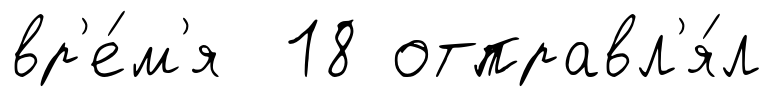
вр'е́м'я 18 отправл'я́л